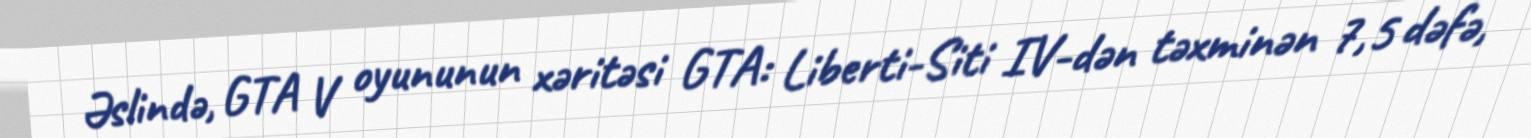
Əslində, GTA V oyununun xəritəsi GTA: Liberti-Siti IV-dən təxminən 7,5 dəfə,